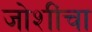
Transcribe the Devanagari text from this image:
जोशींचा